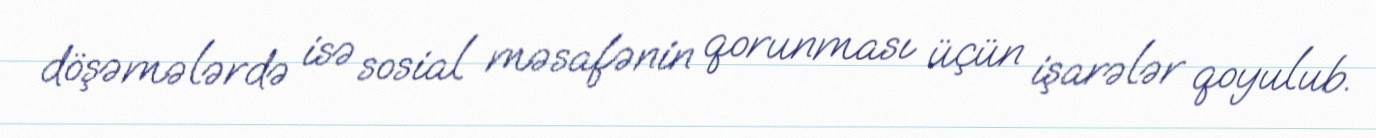
döşəmələrdə isə sosial məsafənin qorunması üçün işarələr qoyulub.